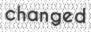
changed